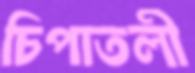
চিপাতলী